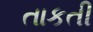
તાકતી